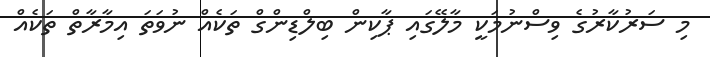
މި ސަރުކާރުގެ ވިސްނުމަކީ މާލޭގައި ޕާކިން ބިލްޑިންގް ތަކެއް ނުވަތަ އިމާރާތް ތަކެއް